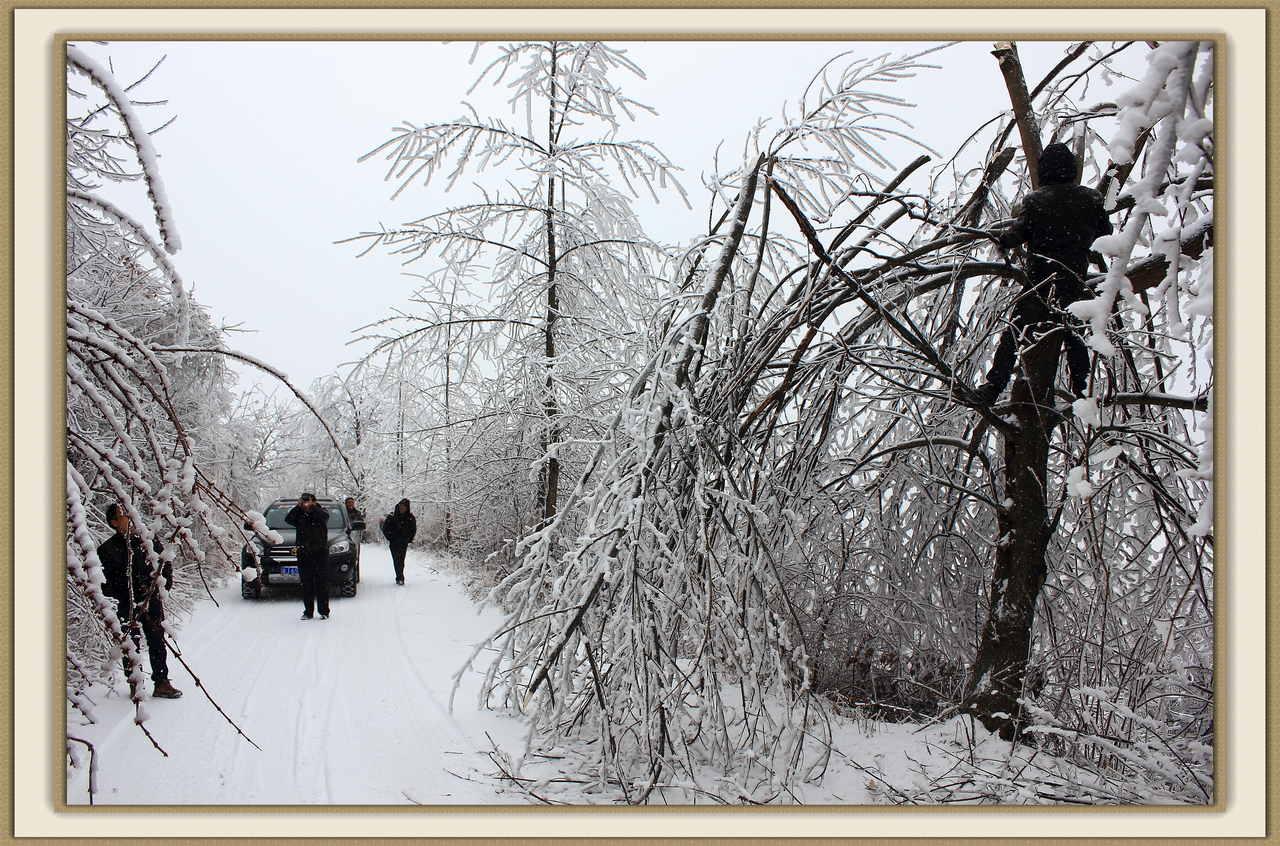
吹笳暮归野帐，雪压青毡。